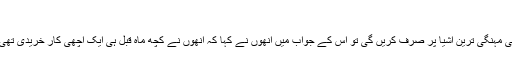
'
جب صحافیوں نے ان سے پوچھا کہ وہ اس دولت کا کیا کریں گی، کیا وہ کار جیسی مہنگی ترین اشیا پر صرف کریں گی تو اس کے جواب میں انھوں نے کہا کہ انھوں نے کچھ ماہ قبل ہی ایک اچھی کار خریدی تھی اور اب اس کی ضرورت نہیں ہے بلکہ اس کا قرضہ مکمل طور پر ادا کریں گی۔